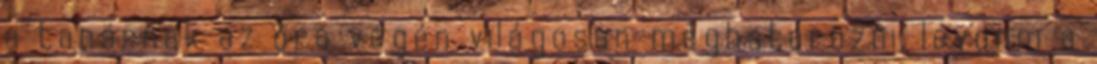
a tanárnak az óra végén világosan meghatározni, levonni a